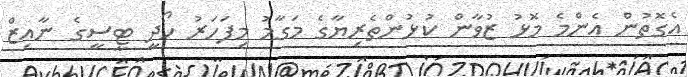
އެގޮތުން އެންމެ މޮޅު ޒުވާން ކުޅުންތެރިޔާގެ މަގާމު މިފަހަރު ހޯދީ ޓީސީގެ ނާއިޒް